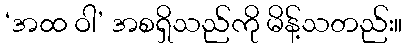
‘အထ ဝါ’ အစရှိသည်ကို မိန့်သတည်း။